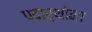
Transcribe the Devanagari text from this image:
पदार्थोना